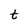
Character: t